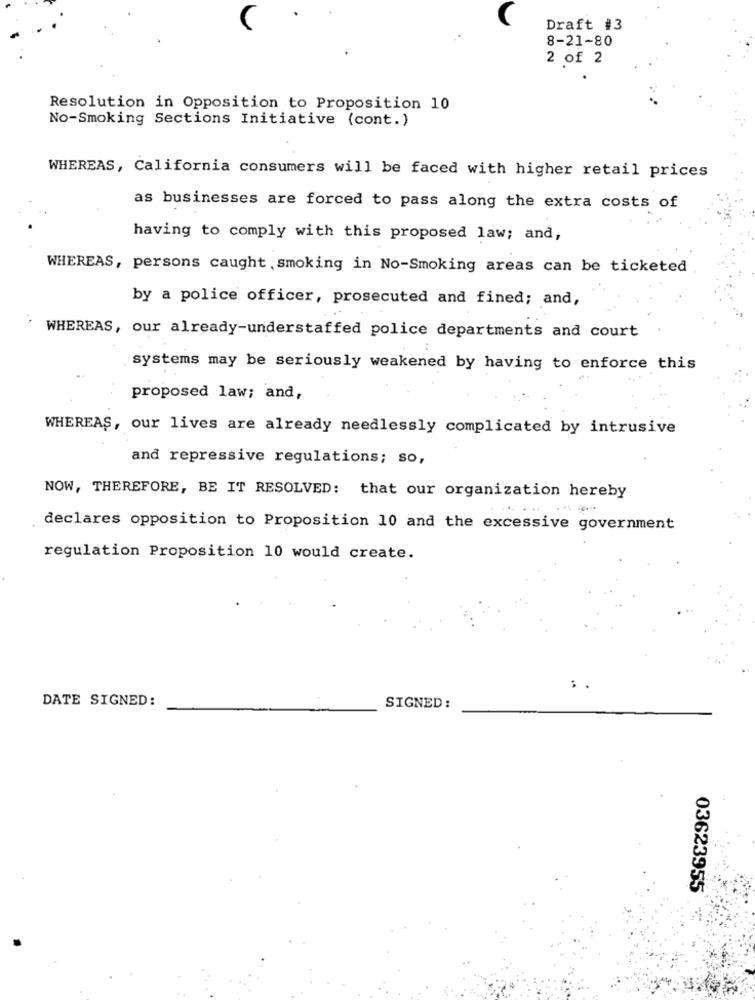
Draft #3
8-21-80
2 of 2
Resolution in Opposition to Proposition 10
No-Smoking Sections Initiative (cont.)
WHEREAS, California consumers will be faced with higher retail prices
as businesses are forced to pass along the extra costs of
having to comply with this proposed law; and,
WHEREAS, persons caught , smoking in No-Smoking areas can be ticketed
by a police officer, prosecuted and fined; and,
WHEREAS, our already-understaffed police departments and court
systems may be seriously weakened by having to enforce this
proposed law; and,
WHEREAS, our lives are already needlessly complicated by intrusive
and repressive regulations; so,
NOW, THEREFORE, BE IT RESOLVED: that our organization hereby
declares opposition to Proposition 10 and the excessive government
regulation Proposition 10 would create.
DATE SIGNED:
SIGNED:
03623955